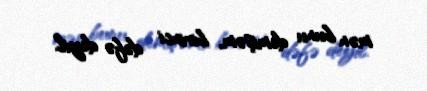
mən bunu demişəm, birinci dəfə deyil.